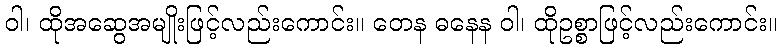
ဝါ၊ ထိုအဆွေအမျိုးဖြင့်လည်းကောင်း။ တေန ဓနေန ဝါ၊ ထိုဥစ္စာဖြင့်လည်းကောင်း။